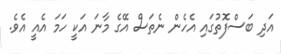
އަދި ބަސްފޮތުގައި އެހެން ނެތަސް އޭގެ މާނަ އަކީ ހަމަ އެއީ އެވެ.